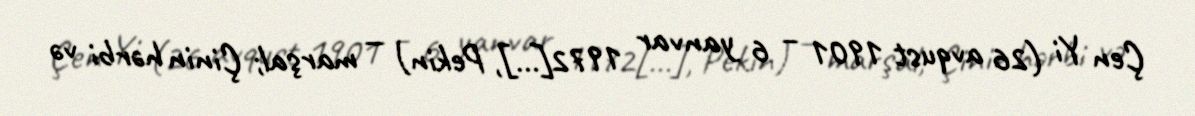
Çen Yi (26 avqust 1901 – 6 yanvar 1972[…], Pekin) — marşal; Çinin hərbi və